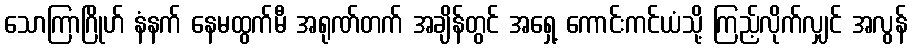
သောကြာဂြိုဟ် နံနက် နေမထွက်မီ အရုဏ်တက် အချိန်တွင် အရှေ့ ကောင်းကင်ယံသို့ ကြည့်လိုက်လျှင် အလွန်